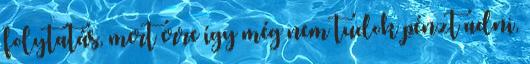
folytatás, mert erre így még nem tudok pénzt adni,